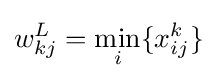
w_{kj}^{L}=\min _{i}\{x_{ij}^{k}\}